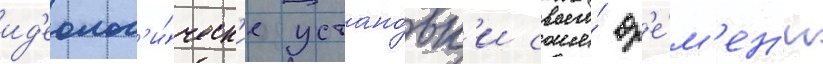
ид'еолог'и́ческ'ие устано́вк'и своего́ вр'е́м'ен'и